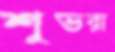
শুভরা